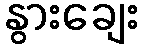
နွားချေး